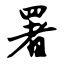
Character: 署